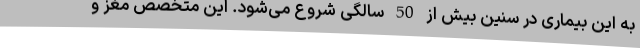
به این بیماری در سنین بیش از 50 سالگی شروع می‌شود. این متخصص مغز و